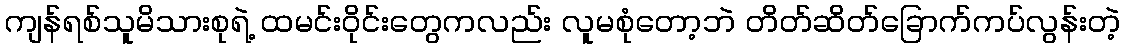
ကျန်ရစ်သူမိသားစုရဲ့ ထမင်းဝိုင်းတွေကလည်း လူမစုံတော့ဘဲ တိတ်ဆိတ်ခြောက်ကပ်လွန်းတဲ့